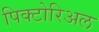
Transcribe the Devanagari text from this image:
पिक्टोरिअल